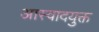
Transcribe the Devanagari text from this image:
आस्वादयुक्त